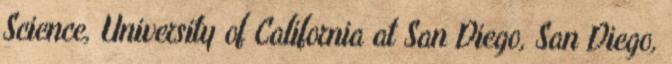
Science, University of California at San Diego, San Diego,